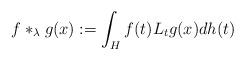
LaTeX: \begin{align*}f*_\lambda g(x):=\int_{H} f(t) L_{{t}}g(x) dh(t)\ \ \end{align*}